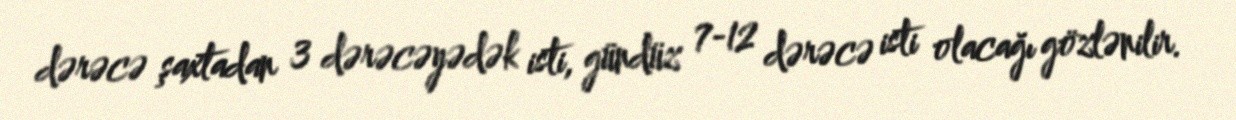
dərəcə şaxtadan 3 dərəcəyədək isti, gündüz 7-12 dərəcə isti olacağı gözlənilir.